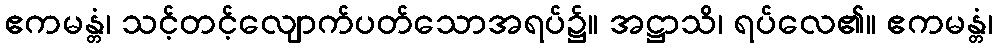
ဧကမန္တံ၊ သင့်တင့်လျောက်ပတ်သောအရပ်၌။ အဋ္ဌာသိ၊ ရပ်လေ၏။ ဧကမန္တံ၊